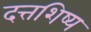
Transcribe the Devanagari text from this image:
दत्तशिष्य